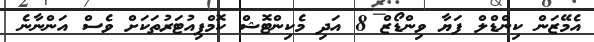
އެމޭޒަން ކިންޑްލް ފަޔާ ވިންޑޯޒް 8 އަދި މެކިންޓޮޝް ކޮމްޕިއުޓަރުތަކަށް ވެސް އަންނާނެ